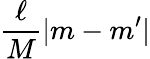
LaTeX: \frac{\ell}{M}|m-m^{\prime}|